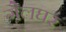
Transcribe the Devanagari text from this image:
गैलघर